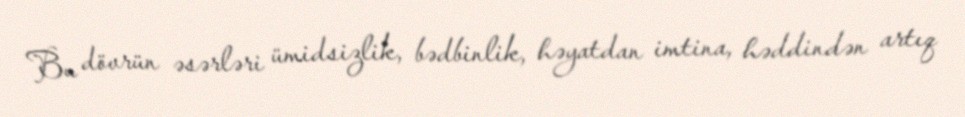
Bu dövrün əsərləri ümidsizlik, bədbinlik, həyatdan imtina, həddindən artıq